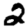
Digit: 2